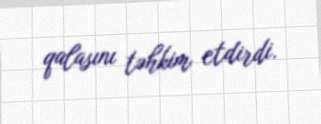
qalasını təhkim etdirdi.